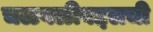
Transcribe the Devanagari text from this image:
चळवळीबद्दलची